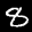
Label: 8